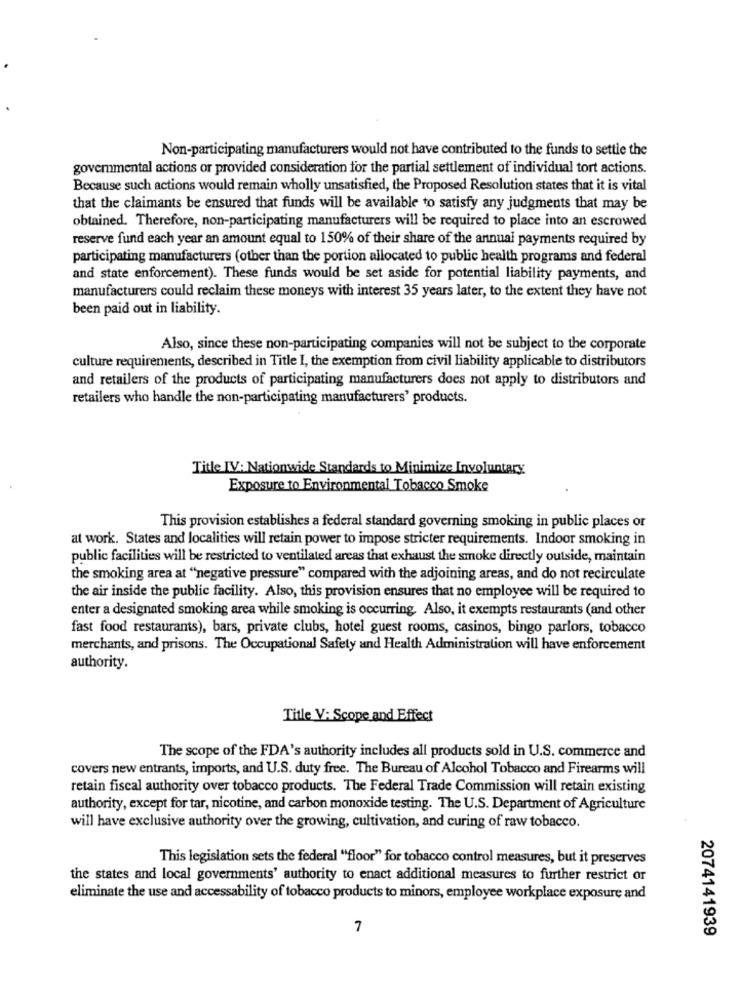
Non-participating manufacturers would not have contributed to the funds to settle the
govemmental actions or provided consideration for the partial settlement of individual tort actions.
Because such actions would remain wholly unsatisfied, the Proposed Resolution states that it is vital
that the claimants be ensured that funds will be available to satisfy any judgments that may be
obtained. Therefore, non-participating manufacturers will be required to place into an escrowed
reserve fund each year an amount equal to 150% of their share of the annual payments required by
participating manufacturers (other than the portion allocated to public health programs and federal
and state enforcement). These funds would be set aside for potential liability payments, and
manufacturers could reclaim these moneys with interest 35 years later, to the extent they have not
been paid out in liability.
Also, since these non-participating companies will not be subject to the corporate
culture requirements, described in Title I, the exemption from civil liability applicable to distributors
and retailers of the products of participating manufacturers does not apply to distributors and
retailers who handle the non-participating manufacturers' products.
Title IV: Nationwide Standards to Minimize Involuntary
Exposure to Environmental Tobacco Smoke
This provision establishes a federal standard governing smoking in public places or
at work. States and localities will retain power to impose stricter requirements. Indoor smoking in
public facilities will be restricted to ventilated areas that exhaust the smoke directly outside, maintain
the smoking area at "negative pressure" compared with the adjoining areas, and do not recirculate
the air inside the public facility. Also, this provision ensures that no employee will be required to
enter a designated smoking area while smoking is occurring. Also, it exempts restaurants (and other
fast food restaurants), bars, private clubs, hotel guest rooms, casinos, bingo parlors, tobacco
merchants, and prisons. The Occupational Safety and Health Administration will have enforcement
authority.
Title V: Scope and Effect
The scope of the FDA's authority includes all products sold in U.S. commerce and
covers new entrants, imports, and U.S. duty free. The Bureau of Alcohol Tobacco and Firearms will
retain fiscal authority over tobacco products. The Federal Trade Commission will retain existing
authority, except for tar, nicotine, and carbon monoxide testing. The U.S. Department of Agriculture
will have exclusive authority over the growing, cultivation, and curing of raw tobacco.
This legislation sets the federal "floor" for tobacco control measures, but it preserves
the states and local governments' authority to enact additional measures to further restrict or
eliminate the use and accessability of tobacco products to minors, employee workplace exposure and
7
2074141939